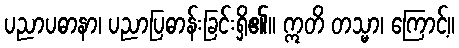
ပညာပဓာနာ၊ ပညာပြဓာန်းခြင်းရှိ၏။ ဣတိ တသ္မာ၊ ကြောင့်။